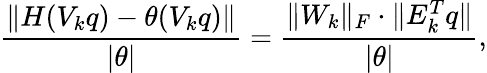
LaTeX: \frac{\| H(V_{k}q)-\theta(V_{k}q)\| }{|\theta|}=\frac{\| W_{k}\| _{F}\cdot\| E_{k}^{T}q\| }{|\theta|},